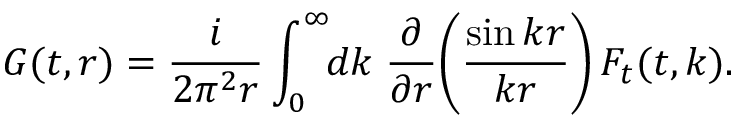
G ( t , r ) = { \frac { i } { 2 \pi ^ { 2 } r } } \int _ { 0 } ^ { \infty } \! \! d k \; { \frac { \partial } { \partial r } } \bigg ( { \frac { \sin k r } { k r } } \bigg ) \, F _ { t } ( t , k ) .